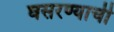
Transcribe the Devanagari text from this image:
घसरण्याची